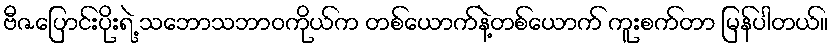
ဗီဇပြောင်းပိုးရဲ့ သဘောသဘာဝကိုယ်က တစ်ယောက်နဲ့တစ်ယောက် ကူးစက်တာ မြန်ပါတယ်။